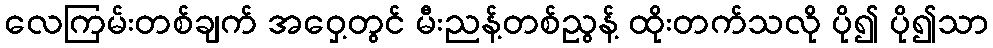
လေကြမ်းတစ်ချက် အဝှေ့တွင် မီးညန့်တစ်ညွန့် ထိုးတက်သလို ပို၍ ပို၍သာ